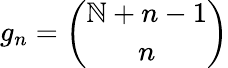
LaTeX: g_{n}={\binom{\mathbb{N}+n-1}{n}}